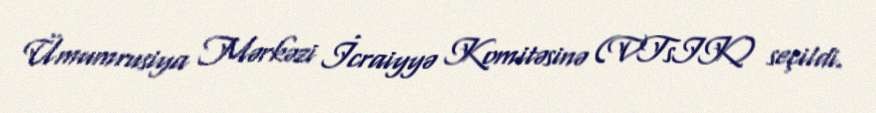
Ümumrusiya Mərkəzi İcraiyyə Komitəsinə (VTsIK) seçildi.